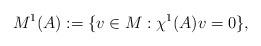
LaTeX: \begin{align*}M^1(A) & := \{ v\in M : \chi^1(A)v = 0\},\end{align*}